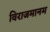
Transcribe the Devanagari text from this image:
विराजमानम